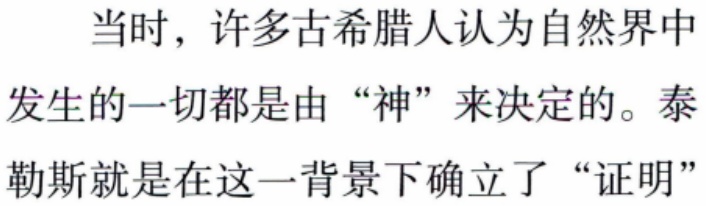
当时，许多古希腊人认为自然界中
发生的一切都是由 “神” 来决定的。泰
勒斯就是在这一背景下确立了 “证明”